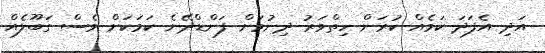
އަދި އެފަދަ ކަމެއް ކުރަން ހިތްވަރު ދިނުމަށް ފަންޑްދޭނެ ކަމަކަށް ވެސް ގަބޫލެއް